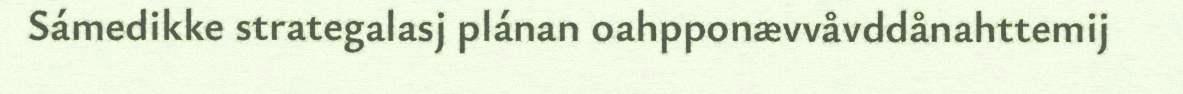
Sámedikke strategalasj plánan oahpponævvåvddånahttemij